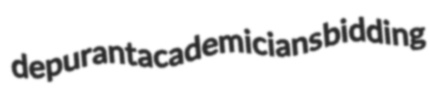
depurant academicians bidding